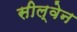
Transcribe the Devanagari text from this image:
सील्वेन